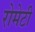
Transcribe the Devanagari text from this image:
रोमेटी